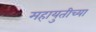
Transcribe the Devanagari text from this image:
महायुतीच्या